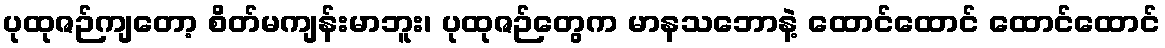
ပုထုဇဉ်ကျတော့ စိတ်မကျန်းမာဘူး၊ ပုထုဇဉ်တွေက မာနသဘောနဲ့ ထောင်ထောင် ထောင်ထောင်